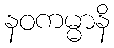
နဝကမ္မာနိ